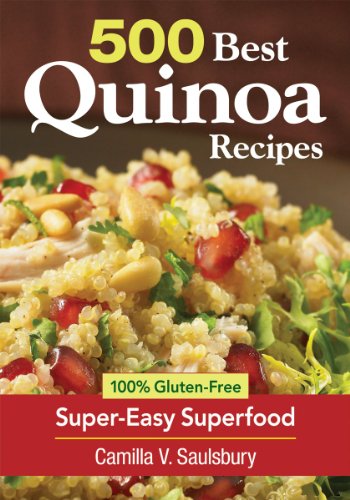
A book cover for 500 Best Quinoa Recipes: 100% Gluten-Free Super-Easy Superfood; Camilla Saulsbury; Cookbooks, Food & Wine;